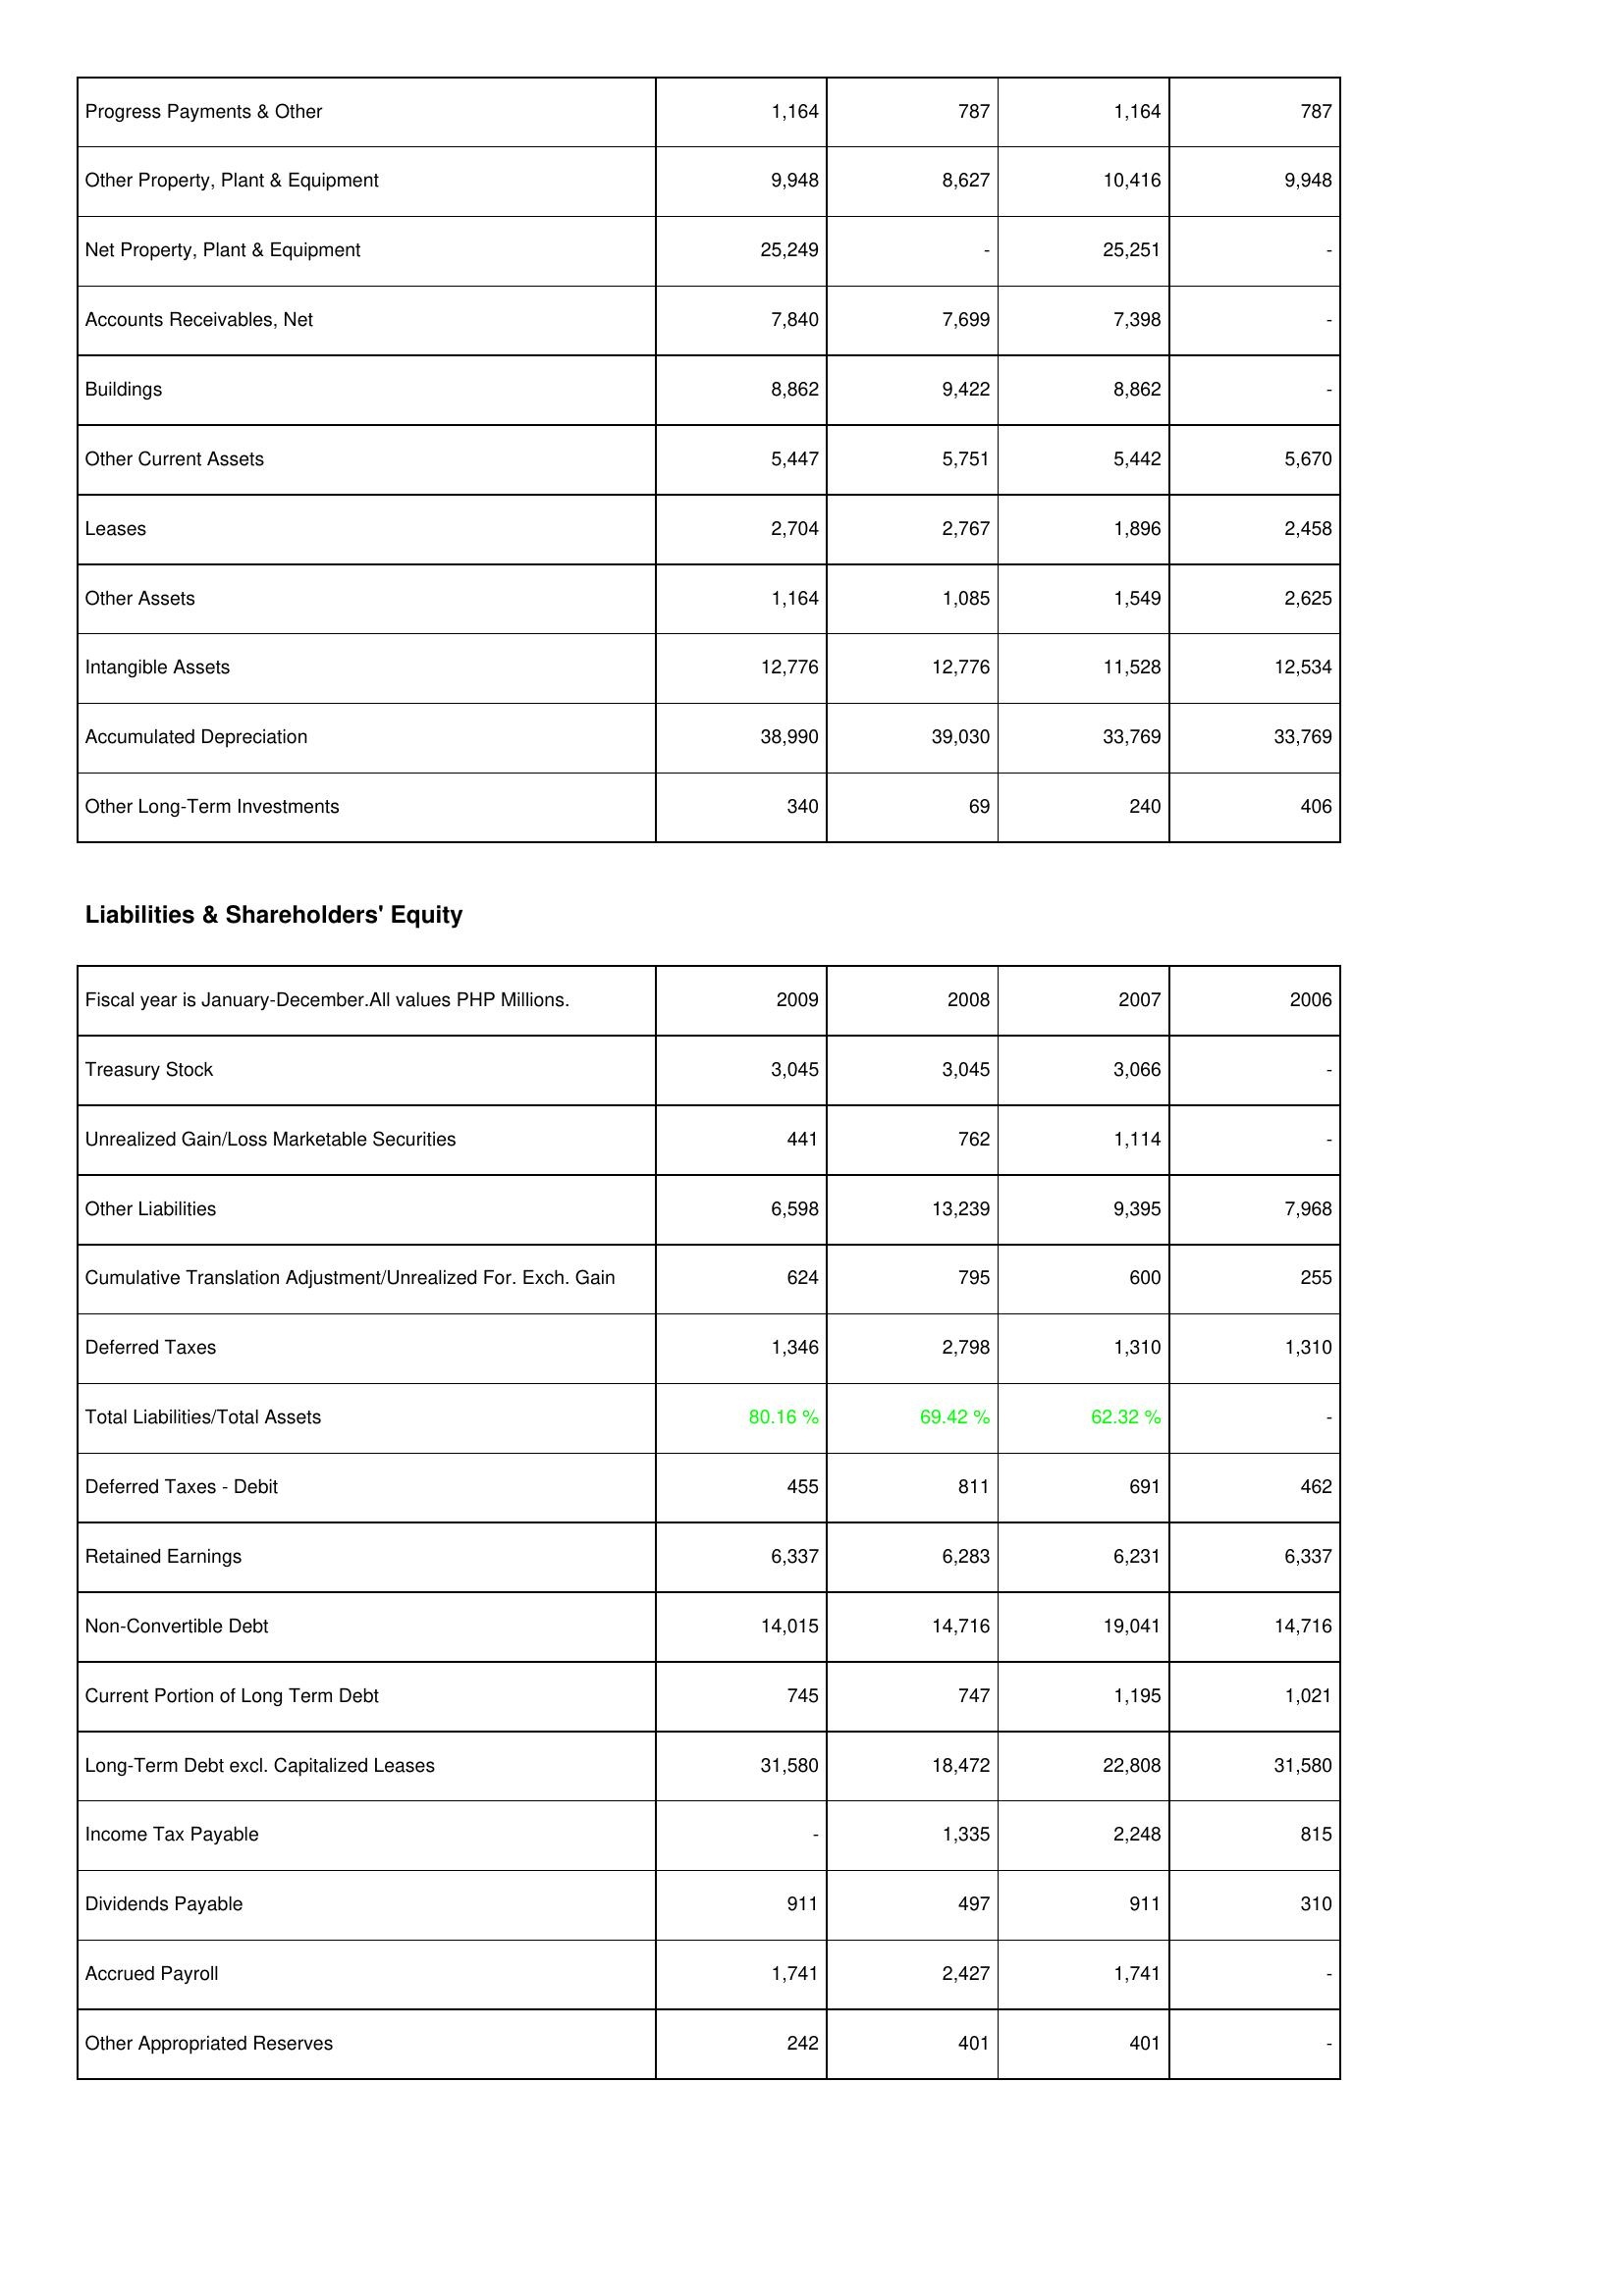
2009: Assets: Progress Payments & Other: 1,164
Other Property, Plant & Equipment: 9,948
Net Property, Plant & Equipment: 25,249
Accounts Receivables, Net: 7,840
Buildings: 8,862
Other Current Assets: 5,447
Leases: 2,704
Other Assets: 1,164
Intangible Assets: 12,776
Accumulated Depreciation: 38,990
Other Long-Term Investments: 340
Liabilities & Shareholders' Equity: Treasury Stock: 3,045
Unrealized Gain/Loss Marketable Securities: 441
Other Liabilities: 6,598
Cumulative Translation Adjustment/Unrealized For. Exch. Gain: 624
Deferred Taxes: 1,346
Total Liabilities/Total Assets: 80.16 %
Deferred Taxes - Debit: 455
Retained Earnings: 6,337
Non-Convertible Debt: 14,015
Current Portion of Long Term Debt: 745
Long-Term Debt excl. Capitalized Leases: 31,580
Income Tax Payable: -
Dividends Payable: 911
Accrued Payroll: 1,741
Other Appropriated Reserves: 242
2008: Assets: Progress Payments & Other: 787
Other Property, Plant & Equipment: 8,627
Net Property, Plant & Equipment: -
Accounts Receivables, Net: 7,699
Buildings: 9,422
Other Current Assets: 5,751
Leases: 2,767
Other Assets: 1,085
Intangible Assets: 12,776
Accumulated Depreciation: 39,030
Other Long-Term Investments: 69
Liabilities & Shareholders' Equity: Treasury Stock: 3,045
Unrealized Gain/Loss Marketable Securities: 762
Other Liabilities: 13,239
Cumulative Translation Adjustment/Unrealized For. Exch. Gain: 795
Deferred Taxes: 2,798
Total Liabilities/Total Assets: 69.42 %
Deferred Taxes - Debit: 811
Retained Earnings: 6,283
Non-Convertible Debt: 14,716
Current Portion of Long Term Debt: 747
Long-Term Debt excl. Capitalized Leases: 18,472
Income Tax Payable: 1,335
Dividends Payable: 497
Accrued Payroll: 2,427
Other Appropriated Reserves: 401
2007: Assets: Progress Payments & Other: 1,164
Other Property, Plant & Equipment: 10,416
Net Property, Plant & Equipment: 25,251
Accounts Receivables, Net: 7,398
Buildings: 8,862
Other Current Assets: 5,442
Leases: 1,896
Other Assets: 1,549
Intangible Assets: 11,528
Accumulated Depreciation: 33,769
Other Long-Term Investments: 240
Liabilities & Shareholders' Equity: Treasury Stock: 3,066
Unrealized Gain/Loss Marketable Securities: 1,114
Other Liabilities: 9,395
Cumulative Translation Adjustment/Unrealized For. Exch. Gain: 600
Deferred Taxes: 1,310
Total Liabilities/Total Assets: 62.32 %
Deferred Taxes - Debit: 691
Retained Earnings: 6,231
Non-Convertible Debt: 19,041
Current Portion of Long Term Debt: 1,195
Long-Term Debt excl. Capitalized Leases: 22,808
Income Tax Payable: 2,248
Dividends Payable: 911
Accrued Payroll: 1,741
Other Appropriated Reserves: 401
2006: Assets: Progress Payments & Other: 787
Other Property, Plant & Equipment: 9,948
Net Property, Plant & Equipment: -
Accounts Receivables, Net: -
Buildings: -
Other Current Assets: 5,670
Leases: 2,458
Other Assets: 2,625
Intangible Assets: 12,534
Accumulated Depreciation: 33,769
Other Long-Term Investments: 406
Liabilities & Shareholders' Equity: Treasury Stock: -
Unrealized Gain/Loss Marketable Securities: -
Other Liabilities: 7,968
Cumulative Translation Adjustment/Unrealized For. Exch. Gain: 255
Deferred Taxes: 1,310
Total Liabilities/Total Assets: -
Deferred Taxes - Debit: 462
Retained Earnings: 6,337
Non-Convertible Debt: 14,716
Current Portion of Long Term Debt: 1,021
Long-Term Debt excl. Capitalized Leases: 31,580
Income Tax Payable: 815
Dividends Payable: 310
Accrued Payroll: -
Other Appropriated Reserves: -